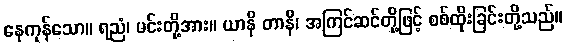
နေကုန်သော။ ရညံ၊ မင်းတို့အား။ ယာနိ တာနိ၊ အကြင်ဆင်တို့ဖြင့် စစ်ထိုးခြင်းတို့သည်။